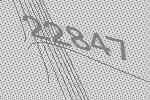
22847